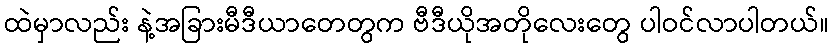
ထဲမှာလည်း နဲ့အခြားမီဒီယာတေတွက ဗီဒီယိုအတိုလေးတွေ ပါဝင်လာပါတယ်။